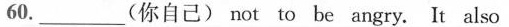
60. ___ (你自己) not to be angry. It also